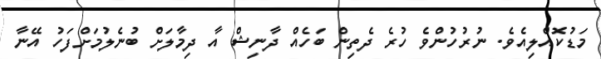
މަޑުކޮއްލިއެވެ. ނުރުހުންވެ ހުރެ ދެތިން ބަހެއް ދާނިޝް އާ ދިމާލަށް ބުނެލުމަށްފަހު އޭނާ